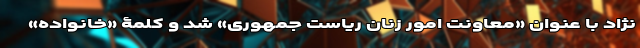
نژاد با عنوان «معاونت امور زنان ریاست جمهوری» شد و کلمۀ «خانواده»